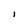
Character: I